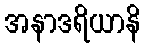
အနာဒရိယာနိ